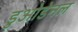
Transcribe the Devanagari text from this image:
डुओडेनल